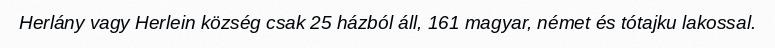
Herlány vagy Herlein község csak 25 házból áll, 161 magyar, német és tótajku lakossal.